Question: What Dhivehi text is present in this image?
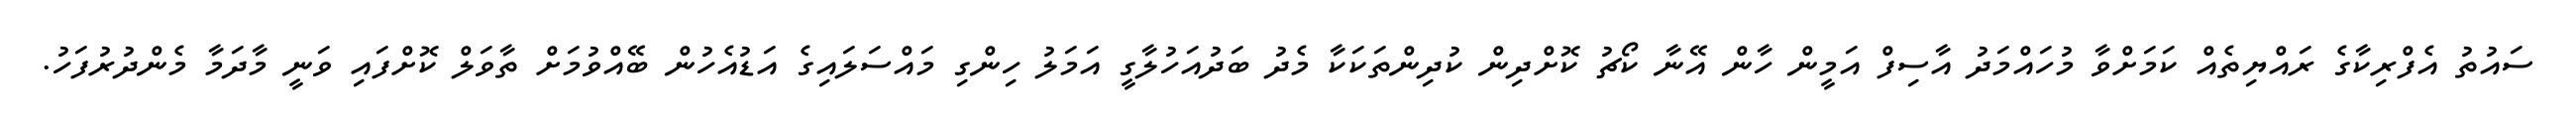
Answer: ސައުތު އެފްރިކާގެ ރައްޔިތެއް ކަމަށްވާ މުހައްމަދު އާސިފް އަމީން ހާން އޭނާ ކޯޗު ކޮށްދިން ކުދިންތަކަކާ މެދު ބަދުއަހުލާގީ އަމަލު ހިންގި މައްސަލައިގެ އަޑުއެހުން ބޭއްވުމަށް ތާވަލް ކޮށްފައި ވަނީ މާދަމާ މެންދުރުފަހު.